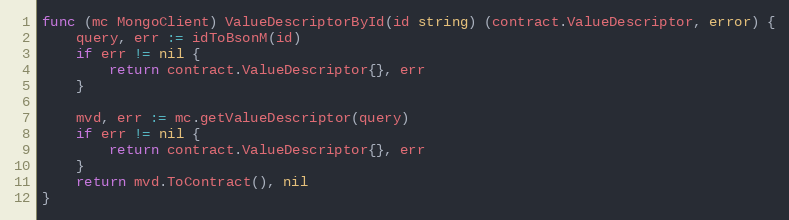
Language: Go
func (mc MongoClient) ValueDescriptorById(id string) (contract.ValueDescriptor, error) {
	query, err := idToBsonM(id)
	if err != nil {
		return contract.ValueDescriptor{}, err
	}

	mvd, err := mc.getValueDescriptor(query)
	if err != nil {
		return contract.ValueDescriptor{}, err
	}
	return mvd.ToContract(), nil
}